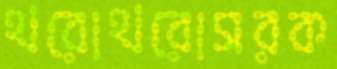
থরোথরোসরক